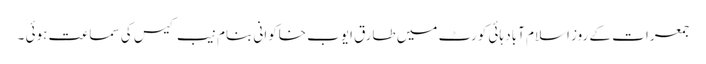
جمعرات کے روز اسلام آباد ہائی کورٹ میں طارق ایوب خاکوانی بنام نیب کیس کی سماعت ہوئی ۔